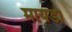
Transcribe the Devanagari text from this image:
मायडा